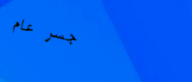
جسر عام